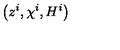
\left( z ^ { i } , \chi ^ { i } , H ^ { i } \right)